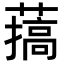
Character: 𦼸